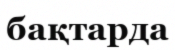
бақтарда